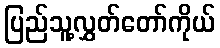
ပြည်သူ့လွှတ်တော်ကိုယ်